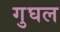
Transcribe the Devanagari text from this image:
गुघल